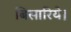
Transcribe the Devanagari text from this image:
बिसारिये।